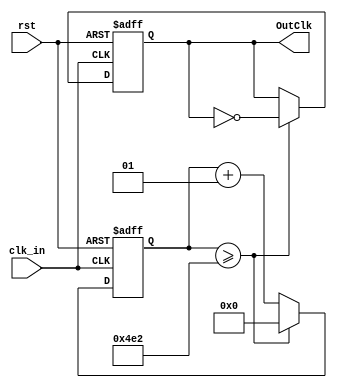
`timescale 1ns / 1ps
//////////////////////////////////////////////////////////////////////////////////
// Module Name: freq_divider
// By Kushalta Paudel
//////////////////////////////////////////////////////////////////////////////////

module freq_divider #(parameter Hz=50000) (
	input clk_in, 
	input rst,
	output reg OutClk
	);
	integer counter;
	//when 50000, once cycle = 1250
	//for simulation 
	parameter oneCycle = (125000000 / Hz) / 2;
	//parameter oneCycle = (125000000 / Hz) / 2;
	
initial
	begin
		counter <= 0;
		OutClk = 1'b0;
	end

always@(posedge clk_in or posedge rst) begin
	if (rst)
		begin
			counter <= 0;
			OutClk <= 1'b0;
		end
	
	else 
	    begin
            counter <= counter +1;
            if (counter >= oneCycle)
                begin
                    counter <= 0;
                    OutClk <= ~OutClk;
                end
        end  
end
endmodule